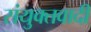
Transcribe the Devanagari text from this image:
संयुक्तवादी